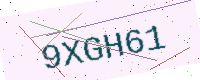
Text: 9XGH61